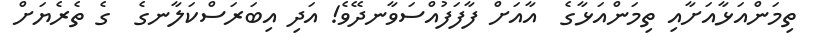
ތިމަންއަޅާއަށާއި ތިމަންއަޅާގެ  އާއަށް ފާފަފުއްސަވާނދޭވެ! އަދި އިބަރަސްކަލާނގެ  ގެ ތެރެޔަށް